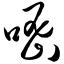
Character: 嘧